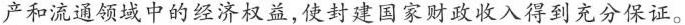
产和流通领域中的经济权益，使封建国家财政收入得到充分保证。